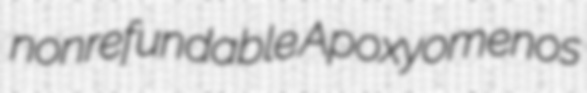
nonrefundable Apoxyomenos